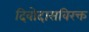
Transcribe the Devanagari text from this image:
दिवोदासविरक्त